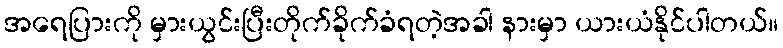
အရေပြားကို မှားယွင်းပြီးတိုက်ခိုက်ခံရတဲ့အခါ နားမှာ ယားယံနိုင်ပါတယ်။